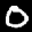
Label: 0